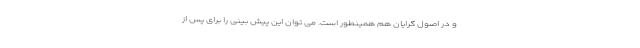
و در اصول گرایان هم همینطور است. می توان این پیش بینی را برای پس از